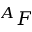
^ { A } F